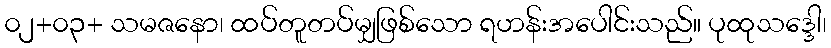
၀၂+၀၃+ သမဇနော၊ ထပ်တူတပ်မျှဖြစ်သော ရဟန်းအပေါင်းသည်။ ပုထုသဒ္ဒေါ၊